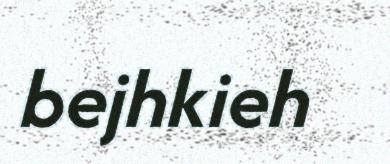
bejhkieh